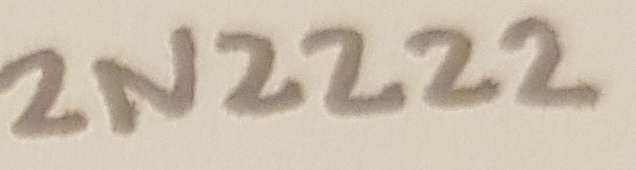
Text: 2N2222